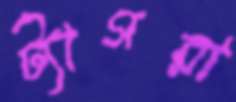
ট্যাগরা